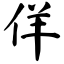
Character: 佯